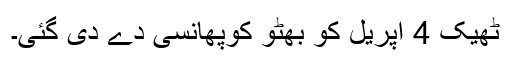
ٹھیک 4 اپریل کو بھٹو کوپھانسی دے دی گئی۔